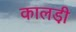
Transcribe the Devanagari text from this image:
कालडी़